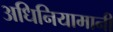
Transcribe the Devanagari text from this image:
अधिनियामानी